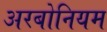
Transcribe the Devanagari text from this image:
अरबोनियम